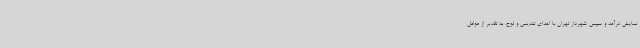
نمایش درآمد و سپس شهردار تهران با اهدای تندیس و لوح، به تقدیر از عوامل